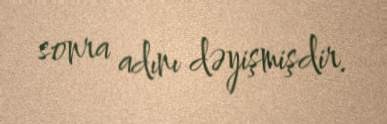
sonra adını dəyişmişdir.